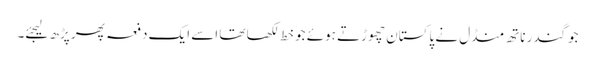
جوگندر ناتھ منڈل نے پاکستان چھوڑتے ہوئے جو خط لکھا تھا اسے ایک دفعہ پھر پڑھ لیجئے۔